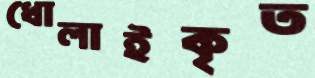
ধোলাইকৃত